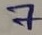
Text: 7